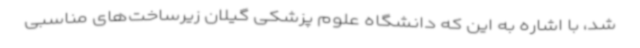
شد، با اشاره به این که دانشگاه علوم پزشکی گیلان زیرساخت‌های مناسبی